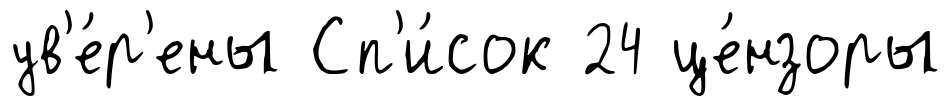
ув'е́р'ены Сп'и́сок 24 це́нзоры